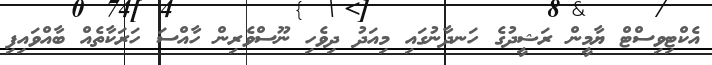
އެކްޓިވިސްޓް ޔާމީން ރަޝީދުގެ ހަނދާނުގައި މިއަދު ދިވެހި ނޫސްވެރިން ހާއްސަ ހަރަކާތެއް ބާއްވައިފި